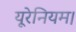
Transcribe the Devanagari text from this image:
यूरेनियम।